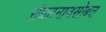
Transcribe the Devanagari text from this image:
संघटनानसोबत